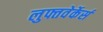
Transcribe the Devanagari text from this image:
लुफ्तवेर्केर्स